Sanitation, dispensaries and jails vaccination Rajputana 1922-1927 - 1922-1927
Year: 1922
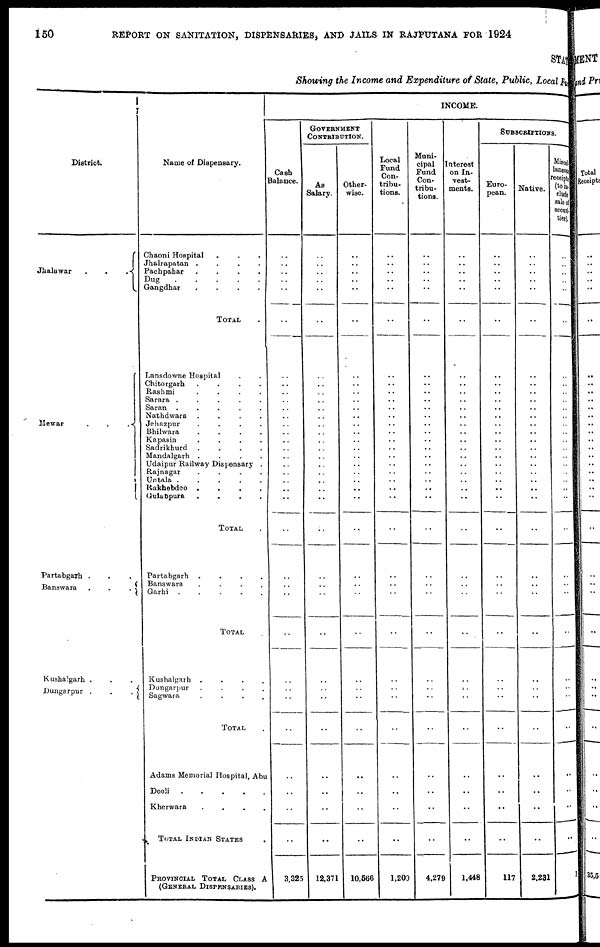
150
REPORT ON SANITATION, DISPENSARIES, AND JAILS IN RAJPUTANA FOR 1924
STAT
Showing the Income and Expenditure of State, Public, Local Fund
District.
Jhalawar
.
.
.
Mewar
.
.
.
Partabgarh ...
Banswara
.
.
.
Kushalgarh ...
Dungarpur .
.
.
Name of Dispensary.
Chaoni Hospital ...
Jhalrapatan .
.
.
.
Pachpahar
.
.
.
.
Dug
Gangdhar
.
.
.
.
TOTAL .
Lansdowne Hospital ..
Chitorgarh
.
.
.
.
Rashmi
.
.
.
.
Sarara .
.
.
.
.
Saran .
.
.
.
.
Nathdwara .
.
.
.
Jehazpur
.
.
.
.
Bhilwara
.
.
.
.
Kapasin
.
.
.
.
Sadrikhurd .
.
.
.
Mandalgarh .
.
.
.
Udaipur Railway Dispensary .
Rajnagar
.
.
.
.
Untala .
.
.
.
.
Rakhebdeo .
.
.
.
Gulabpura
.
.
.
.
TOTAL.
Partabgarh .
.
.
.
Banswara
.
.
.
.
Garhi .
.
. .
TOTAL.
Kushalgarh .
.
.
.
Dungarpur
.
.
.
.
Sagwara
.
.
.
.
TOTAL.
Adams Memorial Hospital, Abu
Deoli .....
Kherwara ....
TOTAL INDIAN STATES.
PROVINCIAL TOTAL CLASS A
(GENERAL DISPENSARIES).
INCOME.
Cash
Balance.
..
..
..
..
..
..
..
..
..
..
..
..
..
..
..
..
..
..
..
..
..
..
..
..
..
..
..
..
..
..
..
..
..
..
..
3,325
GOVERNMENT
CONTRIBUTION.
As
Salary.
..
..
..
..
..
..
..
..
..
..
..
..
..
..
..
..
..
..
..
..
..
..
..
..
..
..
..
..
..
..
..
..
..
..
..
12,371
Other-
wise.
..
..
..
..
..
..
..
..
..
..
..
..
..
..
..
..
..
..
..
..
..
..
..
..
..
..
..
..
..
..
..
..
..
..
..
10,566
Local
Fund
Con-
tribu-
tions.
..
..
..
..
..
..
..
..
..
..
..
..
..
..
..
..
..
..
..
.. ..
..
..
..
..
..
..
..
..
..
..
..
..
..
..
1,200
Muni-
cipal
Fund
Con-
tribu-
tions.
..
..
..
..
..
..
..
..
..
..
..
..
..
..
..
..
..
..
..
..
..
..
..
..
..
..
..
..
..
..
..
..
..
..
..
4,279
Interest
on In-
vest-
ments.
..
..
..
..
..
..
..
..
..
..
..
..
..
..
..
..
..
..
..
.. ..
..
..
..
..
..
..
..
..
..
..
..
..
..
..
1,448
SUBSCRIPTIONS
Euro-
pean.
..
..
..
..
..
..
..
..
..
..
..
..
..
..
..
..
..
..
..
..
..
..
..
..
..
..
..
..
..
..
..
..
..
..
..
117
Native.
..
..
..
..
..
..
..
..
..
..
..
..
..
..
..
..
..
..
..
.. ..
..
..
..
..
..
..
..
..
..
..
..
..
..
..
2,231
Miscel-
laneous
receipts
(to in-
clude
sale of
securi-
ties).
..
..
..
..
..
..
..
..
..
..
..
..
..
..
..
..
..
..
..
.. ..
..
..
..
..
..
..
..
..
..
..
..
..
..
..
3